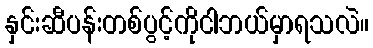
နှင်းဆီပန်းတစ်ပွင့်ကိုငါဘယ်မှာရသလဲ။